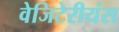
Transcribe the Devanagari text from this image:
वेजिटेरीयंस